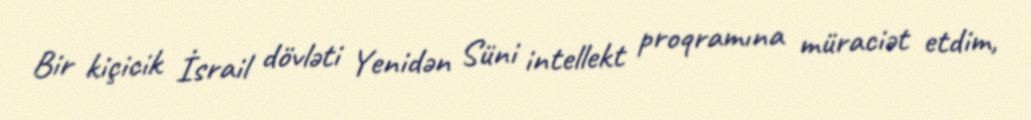
Bir kiçicik İsrail dövləti Yenidən Süni intellekt proqramına müraciət etdim,